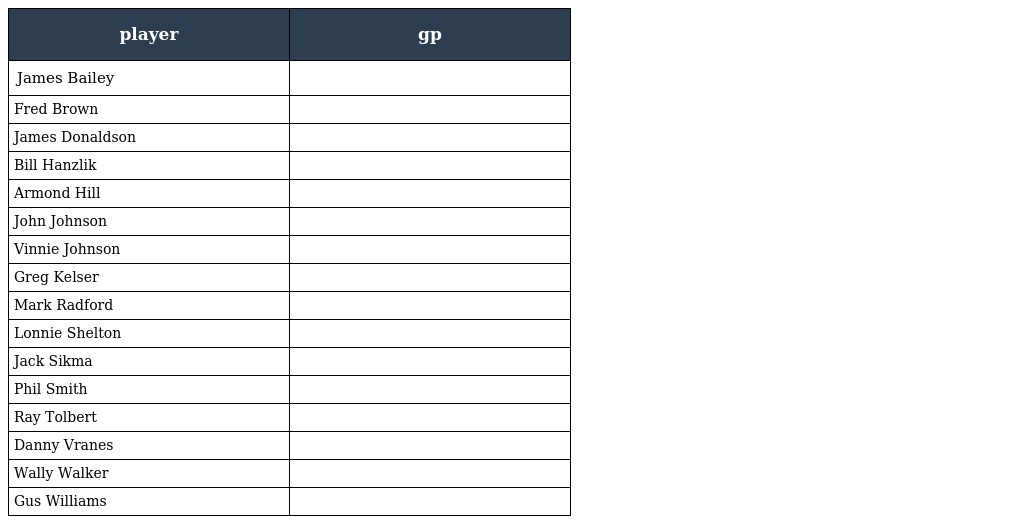
| player | gp |
 | --- | --- |
 | James Bailey |  |
 | Fred Brown |  |
 | James Donaldson |  |
 | Bill Hanzlik |  |
 | Armond Hill |  |
 | John Johnson |  |
 | Vinnie Johnson |  |
 | Greg Kelser |  |
 | Mark Radford |  |
 | Lonnie Shelton |  |
 | Jack Sikma |  |
 | Phil Smith |  |
 | Ray Tolbert |  |
 | Danny Vranes |  |
 | Wally Walker |  |
 | Gus Williams |  |